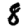
Digit: 8